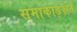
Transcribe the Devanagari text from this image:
समाकाङ्क्षते